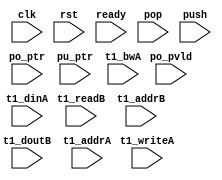
/*
 * Copyright (C) 2011 Memoir Systems Inc. These coded instructions, statements, and computer programs are
 * Confidential Proprietary Information of Memoir Systems Inc. and may not be disclosed to third parties
 * or copied in any form, in whole or in part, without the prior written consent of Memoir Systems Inc.
 * */

module algo_4k1l_a441_sva_wrap
#(parameter IP_WIDTH = 10,
parameter IP_BITWIDTH = 4,
parameter IP_NUMADDR = 4096,
parameter IP_BITADDR = 12,
parameter IP_NUMVBNK = 4,
parameter IP_BITVBNK = 2,
parameter IP_SECCBITS = 4,
parameter IP_SECCDWIDTH = 3,
parameter IP_BITPBNK = 3,
parameter FLOPIN = 0,
parameter FLOPOUT = 0,
parameter IP_ENAECC = 0,
parameter IP_DECCBITS = 5,
parameter IP_ENAPAR = 0,
parameter FLOPMEM = 0,
parameter FLOPCMD = 0,
parameter T1_WIDTH = 18,
parameter T1_NUMVBNK = 4,
parameter T1_BITVBNK = 2,
parameter T1_DELAY = 2,
parameter T1_NUMVROW = 1024,
parameter T1_BITVROW = 10,
parameter T1_BITWSPF = 0,
parameter T1_NUMWRDS = 1,
parameter T1_BITWRDS = 0,
parameter T1_NUMSROW = 1024,
parameter T1_BITSROW = 10,
parameter T1_PHYWDTH = 18)
( clk, rst, ready, 
  pop, po_pvld, po_ptr,
  push, pu_ptr,
  t1_readB, t1_addrB, t1_doutB, t1_writeA, t1_addrA, t1_bwA, t1_dinA);
 
  parameter NUMPUPT = 4;
  parameter NUMPOPT = 1;
  parameter NUMADDR = IP_NUMADDR;
  parameter BITADDR = IP_BITADDR;
  parameter BITQPTR = BITADDR;
  parameter BITQCNT = BITADDR+1;
  parameter QPTR_WIDTH = T1_WIDTH;
  parameter NUMVBNK = IP_NUMVBNK;
  parameter BITVBNK = IP_BITVBNK;
  parameter FLOPECC = 1;
  parameter NUMWRDS = T1_NUMWRDS;
  parameter BITWRDS = T1_BITWRDS; 

  input [NUMPUPT-1:0]              push;
  input [NUMPUPT*BITQPTR-1:0]      pu_ptr;

  input [NUMPOPT-1:0]              pop;
  input [NUMPOPT-1:0]             po_pvld;
  input [NUMPOPT*BITQPTR-1:0]     po_ptr;


  input                           ready;
  input                            clk, rst;

  input [NUMVBNK-1:0]             t1_writeA;
  input [NUMVBNK*(BITADDR-BITVBNK)-1:0]     t1_addrA;
  input [NUMVBNK*QPTR_WIDTH-1:0]  t1_dinA;
  input [NUMVBNK*QPTR_WIDTH-1:0]  t1_bwA;
  input [NUMVBNK-1:0]             t1_readB;
  input [NUMVBNK*(BITADDR-BITVBNK)-1:0]     t1_addrB;
  input [NUMVBNK*QPTR_WIDTH-1:0]   t1_doutB;


  wire [NUMVBNK*QPTR_WIDTH-1:0]  t1_bwA =  ~0; 
 


endmodule    //algo_4k1l_a441_sva_wrap